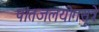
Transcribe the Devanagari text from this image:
पांतजलयोगसूत्रे